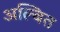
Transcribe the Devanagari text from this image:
अल्बित